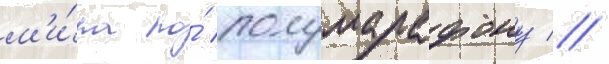
м'и́ра по́ полумарафону //